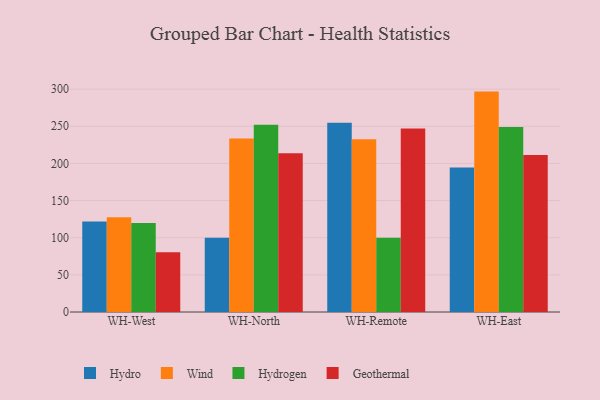
{"axis": {"x": "Warehouse", "y": "Market Share (%)"}, "legend": ["Geothermal", "Hydro", "Hydrogen", "Wind"], "data": [{"x": "WH-West", "y": 121.7, "type": "Hydro"}, {"x": "WH-West", "y": 127.4, "type": "Wind"}, {"x": "WH-West", "y": 119.7, "type": "Hydrogen"}, {"x": "WH-West", "y": 80.3, "type": "Geothermal"}, {"x": "WH-North", "y": 100.1, "type": "Hydro"}, {"x": "WH-North", "y": 233.6, "type": "Wind"}, {"x": "WH-North", "y": 252.0, "type": "Hydrogen"}, {"x": "WH-North", "y": 213.7, "type": "Geothermal"}, {"x": "WH-Remote", "y": 254.7, "type": "Hydro"}, {"x": "WH-Remote", "y": 232.6, "type": "Wind"}, {"x": "WH-Remote", "y": 100.0, "type": "Hydrogen"}, {"x": "WH-Remote", "y": 247.1, "type": "Geothermal"}, {"x": "WH-East", "y": 194.6, "type": "Hydro"}, {"x": "WH-East", "y": 296.7, "type": "Wind"}, {"x": "WH-East", "y": 249.0, "type": "Hydrogen"}, {"x": "WH-East", "y": 211.3, "type": "Geothermal"}]}